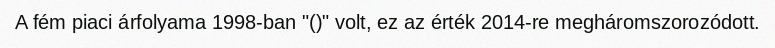
A fém piaci árfolyama 1998-ban "()" volt, ez az érték 2014-re megháromszorozódott.